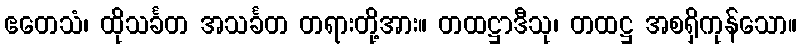
ဧတေသံ၊ ထိုသင်္ခတ အသင်္ခတ တရားတို့အား။ တထဋ္ဌာဒီသု၊ တထဋ္ဌ အစရှိကုန်သော။